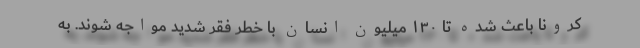
کرونا باعث شده تا ۱۳۰ میلیون انسان با خطر فقر شدید مواجه شوند. به